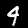
Label: 9